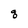
Character: q